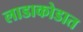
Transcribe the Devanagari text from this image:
लाडाकोडात